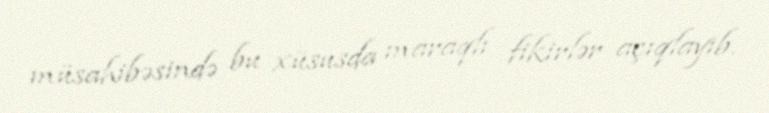
müsahibəsində bu xüsusda maraqlı fikirlər açıqlayıb.